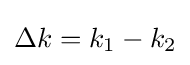
\Delta k=k_{1}-k_{2}\,\!